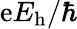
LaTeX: \mathrm{e}E_{\mathrm{{h}}}/\hbar